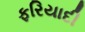
ફરિયાદી